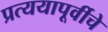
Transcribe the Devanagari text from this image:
प्रत्ययापूर्वीचे